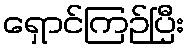
ရှောင်ကြဉ်ပြီး